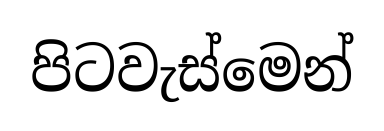
පිටවැස්මෙන්